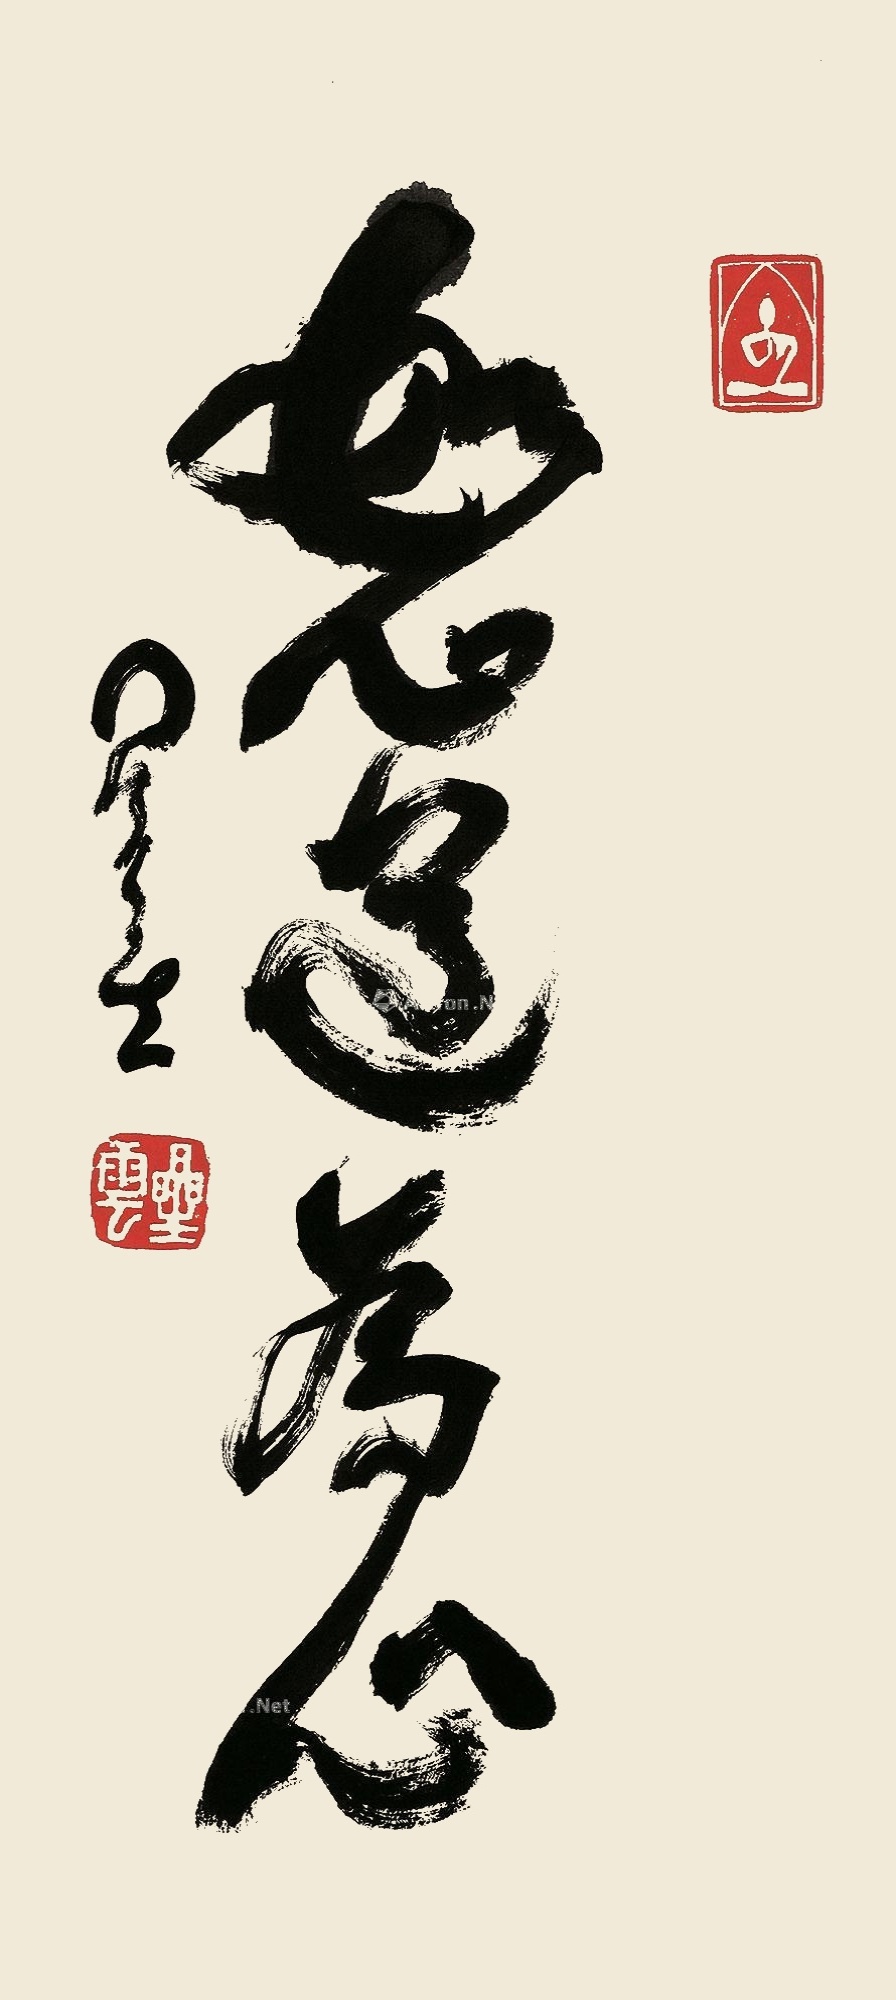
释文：恕道为心。星云。